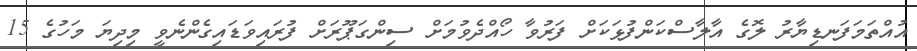
އުއްތަމަފަނޑިޔާރު ލޮގެ އާލާސްކަންފުޅަކަށް ފަރުވާ ހޯއްދެވުމަށް ސިންގަޕޫރަށް ފުރައިވަޑައިގެންނެވީ މިދިޔަ މަހުގެ 15